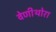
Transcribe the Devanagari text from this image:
वेणीथोरा